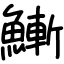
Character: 䱿